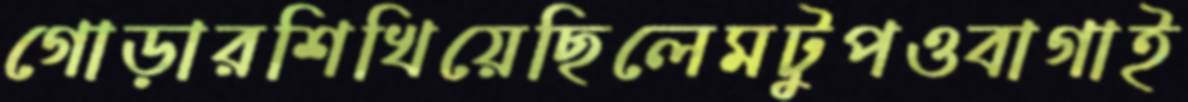
গোড়ারশিখিয়েছিলেমটুপওবাগাই